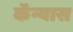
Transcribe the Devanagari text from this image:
कॅन्यास